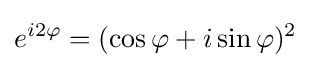
e^{i2\varphi }=(\cos \varphi +i\sin \varphi )^{2}